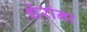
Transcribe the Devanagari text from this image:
शेरांना